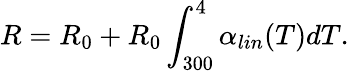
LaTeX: R=R_{0}+R_{0}\int_{300}^{4}\alpha_{lin}(T)dT.